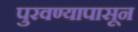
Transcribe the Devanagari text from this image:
पुरवण्यापासून